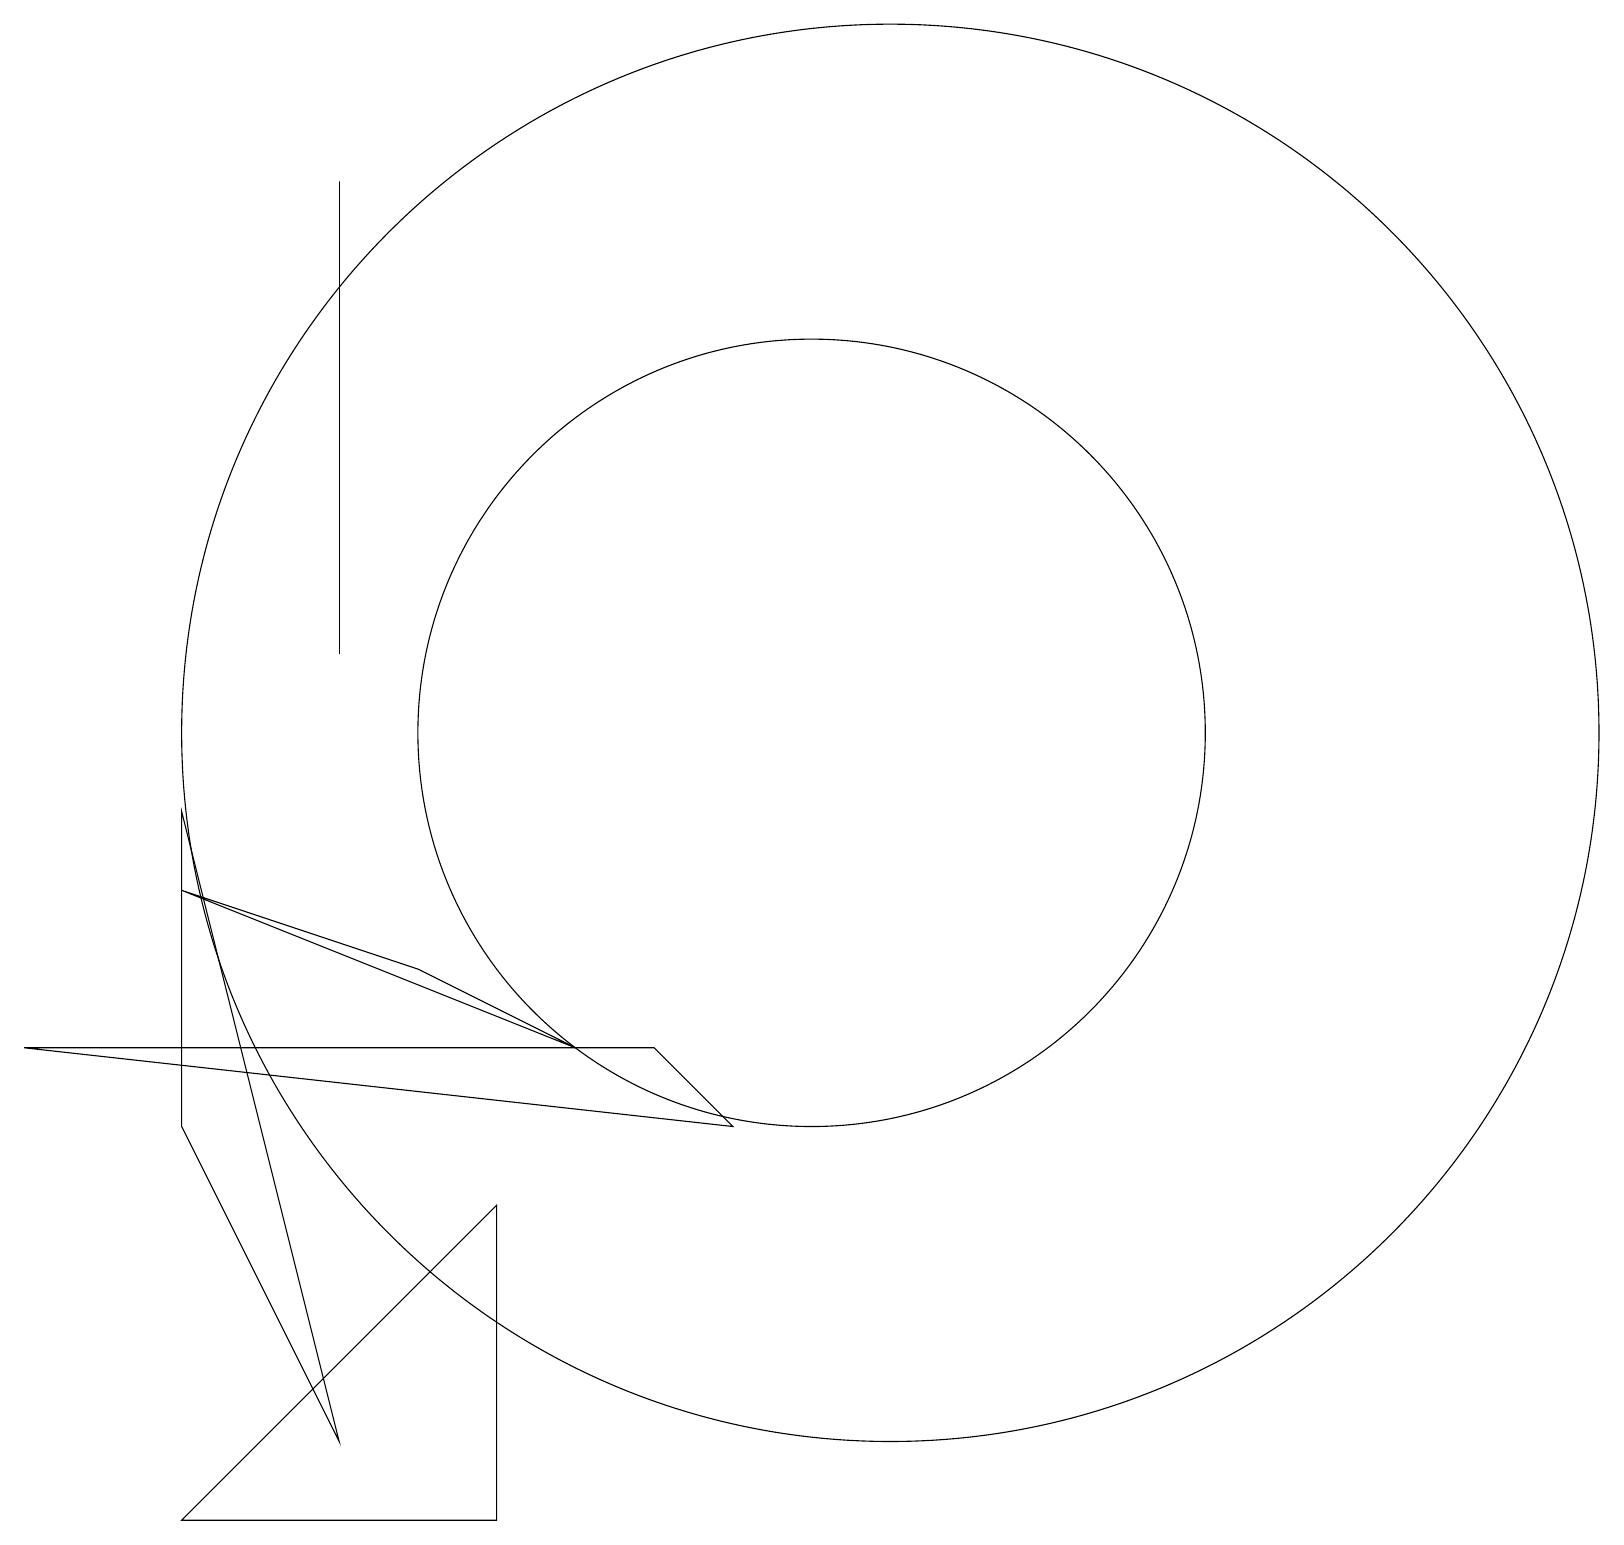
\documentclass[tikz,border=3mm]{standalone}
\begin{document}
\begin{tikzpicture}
\draw (4,17) rectangle (4,15);
\draw (11,10) circle (9);
\draw (4,11) rectangle (4,17);
\draw (10,10) circle (5);
\draw (2,5) -- (4,1) -- (2,9) -- cycle;
\draw (6,4) -- (6,0) -- (2,0) -- cycle;
\draw (5,7) -- (7,6) -- (2,8) -- cycle;
\draw (8,6) -- (9,5) -- (0,6) -- cycle;
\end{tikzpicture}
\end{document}